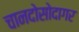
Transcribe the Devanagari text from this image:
चानदोसोदागर